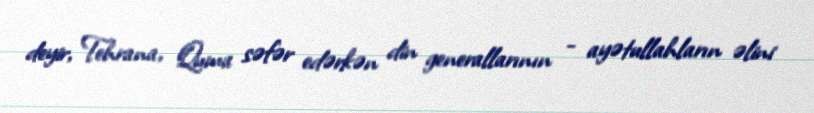
deyir, Tehrana, Quma səfər edərkən din generallarının - ayətullahların əlini